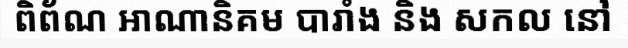
ពិព័ណ អាណានិគម បារាំង និង សកល នៅ